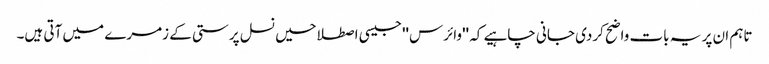
تاہم ان پر یہ بات واضح کردی جانی چاہیے کہ ''وائرس'' جیسی اصطلاحیں نسل پرستی کے زمرے میں آتی ہیں۔